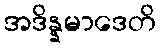
အဒိန္နမာဒေတိ